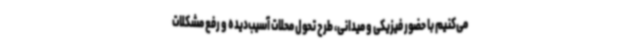
می‌کنیم با حضور فیزیکی و میدانی، طرح تحول محلات آسیب‌دیده و رفع مشکلات